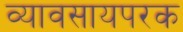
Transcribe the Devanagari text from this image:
व्यावसायपरक